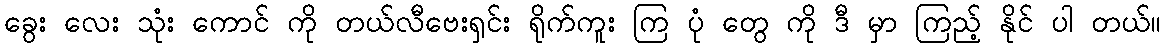
ခွေး လေး သုံး ကောင် ကို တယ်လီဗေးရှင်း ရိုက်ကူး ကြ ပုံ တွေ ကို ဒီ မှာ ကြည့် နိုင် ပါ တယ်။